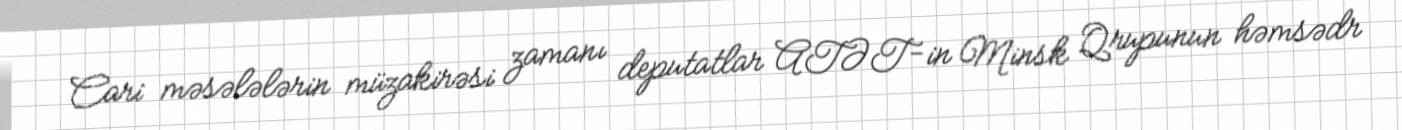
Cari məsələlərin müzakirəsi zamanı deputatlar ATƏT-in Minsk Qrupunun həmsədr